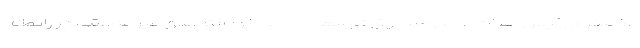
غضنفری رئیس هیات عامل صندوق توسعه ملی به خواسته‌های غیر منطقی در رابطه